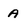
Character: A